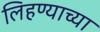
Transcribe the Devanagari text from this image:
लिहण्याच्या